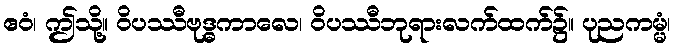
ဧဝံ၊ ဤသို့။ ဝိပဿီဗုဒ္ဓကာလေ၊ ဝိပဿီဘုရားလက်ထက်၌။ ပုညကမ္မံ၊